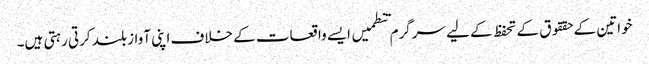
خواتین کے حققوق کے تحفظ کے لیے سرگرم تنطمیں ایسے واقعات کے خلاف اپنی آواز بلند کرتی رہتی ہیں۔